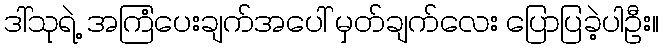
ဒါ်သုရဲ့ အကြံပေးချက်အပေါ် မှတ်ချက်လေး ပြောပြခဲ့ပါဦး။